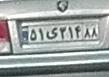
۵۱ی۳۱۴۸۸